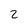
Character: 2